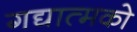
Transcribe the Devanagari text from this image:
गद्यात्‍मको